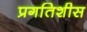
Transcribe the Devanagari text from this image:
प्रगतिशीस